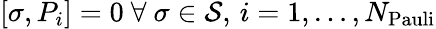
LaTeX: [\sigma,P_{i}]=0~\forall~\sigma\in\mathcal{S},\, i=1,\dots,N_{\mathrm{Pauli}}